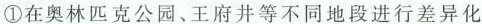
①在奥林匹克公园、王府井等不同地段进行差异化